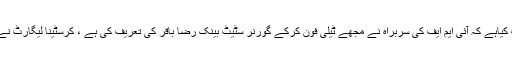
وزیر اعظم عمران خان نے انکشاف کیاہے کہ آئی ایم ایف کی سربراہ نے مجھے ٹیلی فون کرکے گورنر سٹیٹ بینک رضا باقر کی تعریف کی ہے ، کرسٹینا لیگارٹ نے کہا کہ رضا باقر بہترین افسر ہیں۔